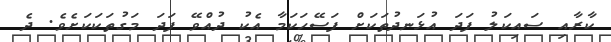
ކާރާއި ސައިކަލު ފަދަ އުޅަނދުތަކަށް ފަސޭހަކަމާ އެކު ދުއްވޭ ފަދަ މަގުތަކަކަށެވެ. ދެ